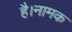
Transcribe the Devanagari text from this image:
है।नामक